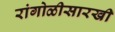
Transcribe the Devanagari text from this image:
रांगोळीसारखी